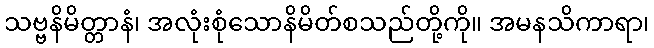
သဗ္ဗနိမိတ္တာနံ၊ အလုံးစုံသောနိမိတ်စသည်တို့ကို။ အမနသိကာရာ၊